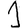
Digit: 1